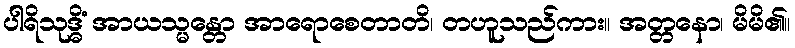
ပါရိသုဒ္ဓိံ အာယသ္မန္တော အာရောစေတာတိ၊ တဟူသည်ကား။ အတ္တနော၊ မိမိ၏။